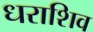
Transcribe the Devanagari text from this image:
धराशिव